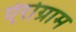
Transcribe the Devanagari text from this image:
ऐरोग्राम